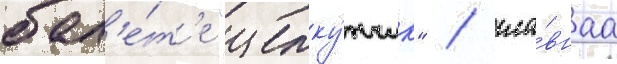
бал'е́т'е "щелку́нчик" / гла́внаа